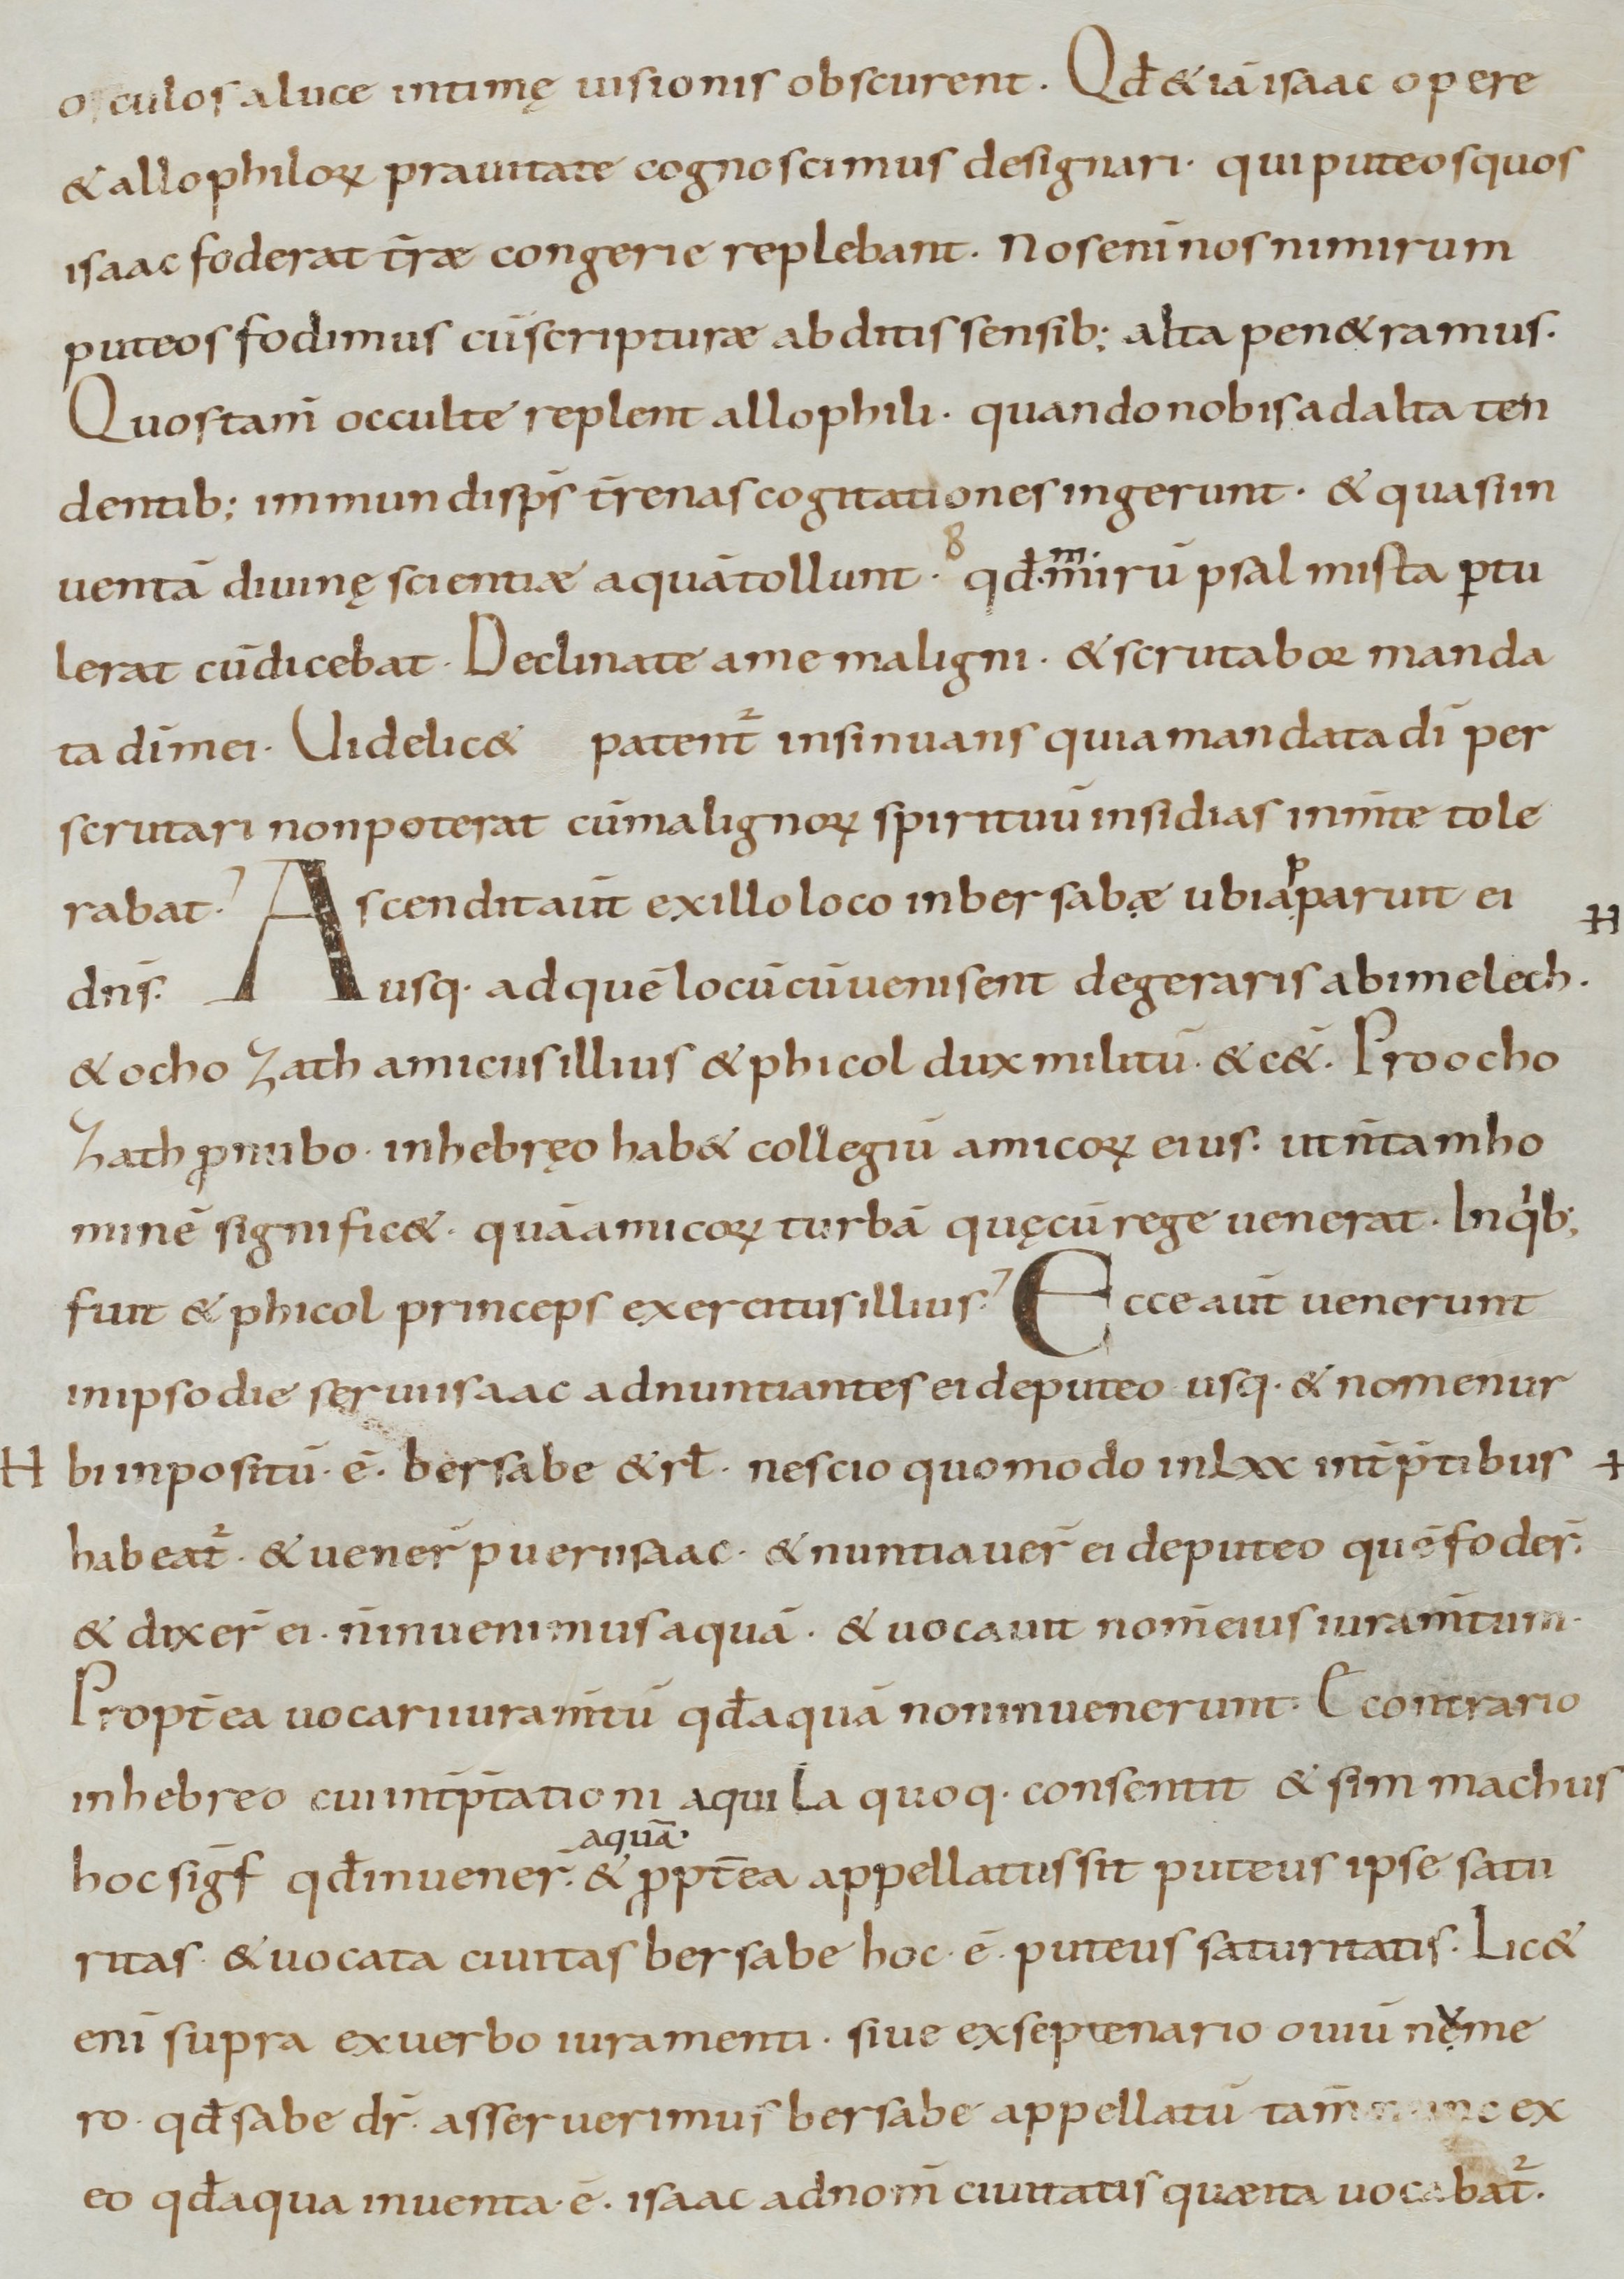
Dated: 800–899